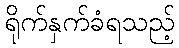
ရိုက်နှက်ခံရသည့်